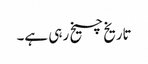
تاریخ چیخ رہی ہے۔